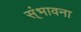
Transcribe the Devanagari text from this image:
स्ंभावना